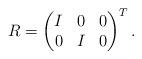
LaTeX: \begin{align*}R = \begin{pmatrix}I & 0 & 0 \\0 & I & 0\end{pmatrix}^T.\end{align*}